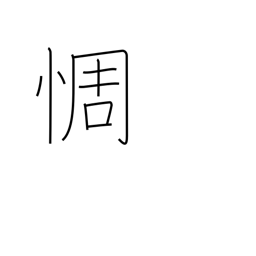
Meaning: be disappointed